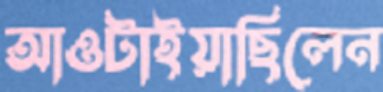
আওটাইয়াছিলেন